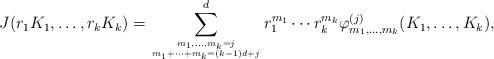
LaTeX: \begin{align*} &J(r_1K_1,\dots,r_kK_k) = \sum_{{m_1,\dots,m_k=j}\atop{m_1+\dots +m_k=(k-1)d+j}}^d r_1^{m_1}\cdots r_k^{m_k} \varphi^{(j)}_{m_1,\dots,m_k}(K_1,\dots,K_k), \end{align*}